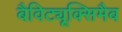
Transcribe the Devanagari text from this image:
बैविट्यूक्सिमैब